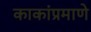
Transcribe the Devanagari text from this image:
काकांप्रमाणे